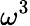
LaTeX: \omega^{3}